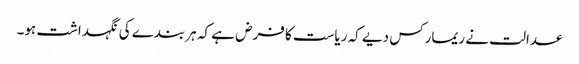
عدالت نے ریمارکس دیے کہ ریاست کا فرض ہے کہ ہر بندے کی نگہداشت ہو۔